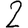
Digit: 2